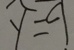
y = 9